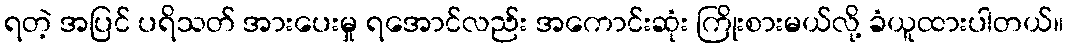
ရတဲ့ အပြင် ပရိသတ် အားပေးမှု ရအောင်လည်း အကောင်းဆုံး ကြိုးစားမယ်လို့ ခံယူထားပါတယ်။